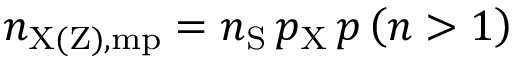
n _ { \mathrm { X ( Z ) , m p } } = n _ { \mathrm { S } } \, p _ { \mathrm { X } } \, p \left( n > 1 \right)